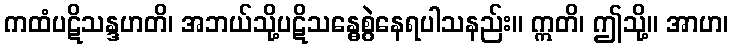
ကထံပဋိသန္ဒဟတိ၊ အဘယ်သို့ပဋိသန္ဓေစွဲနေရပါသနည်း။ ဣတိ၊ ဤသို့။ အာဟ၊